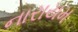
નારાયમ